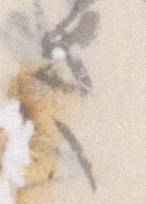
さ